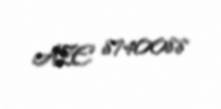
AZE 8740088